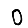
Digit: 0